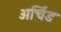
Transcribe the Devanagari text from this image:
अर्चिंड